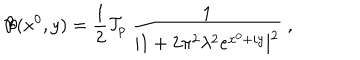
{ \cal B } ( x ^ { 0 } , y ) = { \frac { 1 } { 2 } } { \cal T } _ { p } ~ { \frac { 1 } { | 1 + 2 \pi ^ { 2 } \lambda ^ { 2 } e ^ { x ^ { 0 } + i y } | ^ { 2 } } } ~ ,